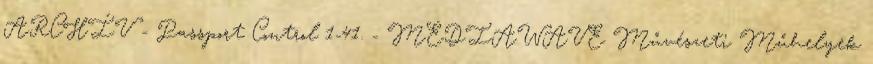
ARCHÍV - Passport Control 1-41. - MEDIAWAVE Művészeti Műhelyek